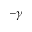
- \gamma